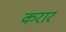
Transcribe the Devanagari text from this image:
करारं